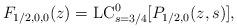
LaTeX: \begin{align*}F_{1/2,0,0}(z) &= \mathrm{LC}_{s=3/4}^0 [P_{1/2,0}(z,s)],\end{align*}